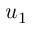
u _ { 1 }